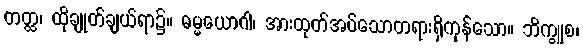
တတ္ထ၊ ထိုချုတ်ချယ်ရာ၌။ ဓမ္မယောဂါ၊ အားထုတ်အပ်သောတရားရှိကုန်သော။ ဘိက္ခူစ၊